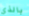
بالذي